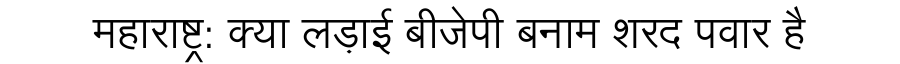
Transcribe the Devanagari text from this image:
महाराष्ट्र: क्या लड़ाई बीजेपी बनाम शरद पवार है